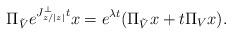
LaTeX: \begin{align*} \Pi_{\tilde{V}} e^{J_{z/|z|}^\perp t} x = e^{\lambda t}(\Pi_{\tilde{V}}x + t\Pi_{V} x).\end{align*}